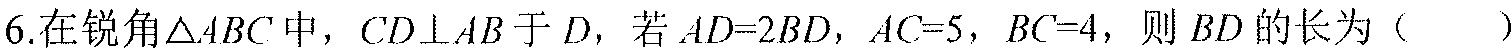
6.在锐角\(\triangle ABC\)中，\(CD\perp AB\)于\(D\)，若\(AD = 2BD\)，\(AC = 5\)，\(BC = 4\)，则\(BD\)的长为（  ）